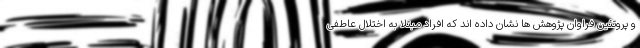
و پروتئین فراوان پژوهش ها نشان داده اند که افراد مبتلا به اختلال عاطفی